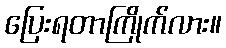
ပြေးရတာကြိုက်လား။